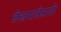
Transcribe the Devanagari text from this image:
लेखमालेसाठी